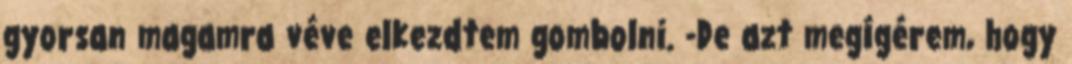
gyorsan magamra véve elkezdtem gombolni. -De azt megígérem, hogy